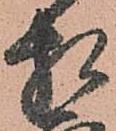
相